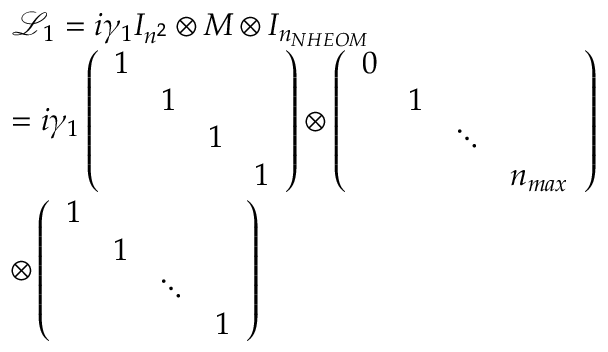
\begin{array} { r l } & { { \mathcal { L } _ { 1 } } = i { { \gamma } _ { 1 } } { { I } _ { { { n } ^ { 2 } } } } \otimes M \otimes { { I } _ { { { n } _ { N H E O M } } } } } \\ & { = i { { \gamma } _ { 1 } } \left( \begin{array} { l l l l } { 1 } & { } & { } & { } \\ { } & { 1 } & { } & { } \\ { } & { } & { 1 } & { } \\ { } & { } & { } & { 1 } \end{array} \right) \otimes \left( \begin{array} { l l l l } { 0 } & { } & { } & { } \\ { } & { 1 } & { } & { } \\ { } & { } & { \ddots } & { } \\ { } & { } & { } & { { { n } _ { m a x } } } \end{array} \right) } \\ & { \otimes \left( \begin{array} { l l l l } { 1 } & { } & { } & { } \\ { } & { 1 } & { } & { } \\ { } & { } & { \ddots } & { } \\ { } & { } & { } & { 1 } \end{array} \right) } \end{array}